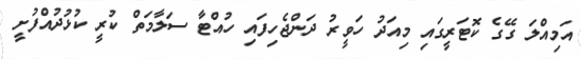
އަމިއްލަ ގޭގެ ކޮޓަރީގައި މިއަދު ހަވީރު ދަންޖެހިފައި ހުއްޓާ ސަލާމަތް ކުރީ ކުޅުދުއްފުށީ